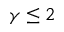
\gamma \leq 2